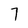
Character: 7